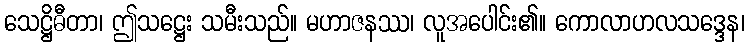
သေဋ္ဌိဓီတာ၊ ဤသဋ္ဌေး သမီးသည်။ မဟာဇနဿ၊ လူအပေါင်း၏။ ကောလာဟလသဒ္ဒေန၊